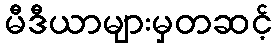
မီဒီယာများမှတဆင့်